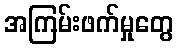
အကြမ်းဖက်မှုတွေ